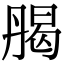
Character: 𠂄